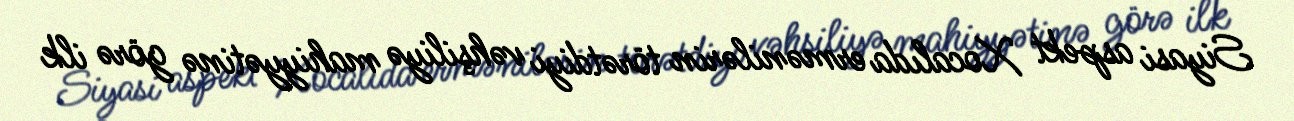
Siyasi aspekt Xocalıda ermənilərin törətdiyi vəhşiliyə mahiyyətinə görə ilk